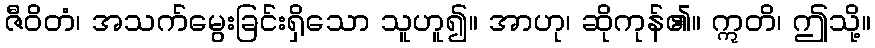
ဇီဝိတံ၊ အသက်မွေးခြင်းရှိသော သူဟူ၍။ အာဟု၊ ဆိုကုန်၏။ ဣတိ၊ ဤသို့။